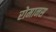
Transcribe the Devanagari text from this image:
रोमानस